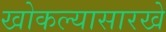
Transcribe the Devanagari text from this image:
खोकल्यासारखे